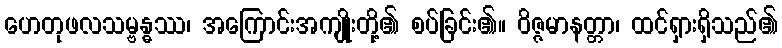
ဟေတုဖလသမ္ဗန္ဓဿ၊ အကြောင်းအကျိုးတို့၏ စပ်ခြင်း၏။ ဝိဇ္ဇမာနတ္တာ၊ ထင်ရှားရှိသည်၏